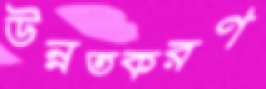
উন্নতকরণ